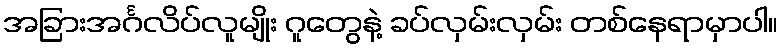
အခြားအင်္ဂလိပ်လူမျိုး ဂူတွေနဲ့ ခပ်လှမ်းလှမ်း တစ်နေရာမှာပါ။